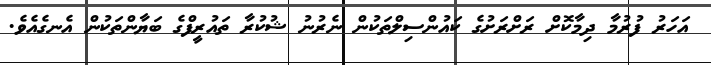
އަހަރު ފުރުމާ ދިމާކޮށް ރަށްރަށުގެ ކައުންސިލްތަކުން ނެރުނު ޝުކުރާ ތައުރީފްގެ ބަޔާންތަކުން އެނގެއެވެ.